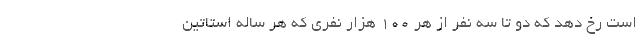
است رخ دهد که دو تا سه نفر از هر 100 هزار نفری که هر ساله استاتین